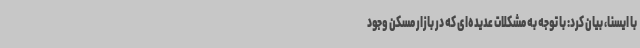
با ایسنا، بیان کرد: با توجه به مشکلات عدیده‌ای که در بازار مسکن وجود